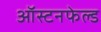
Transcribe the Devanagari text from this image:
ऑस्टनफेल्ड